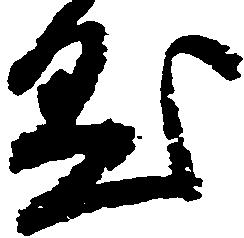
懸